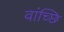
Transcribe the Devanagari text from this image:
वांच्छि